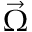
\vec { \Omega }